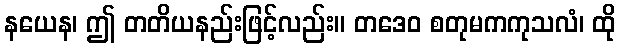
နယေန၊ ဤ တတိယနည်းဖြင့်လည်း။ တဒေဝ စတုမကကုသလံ၊ ထို